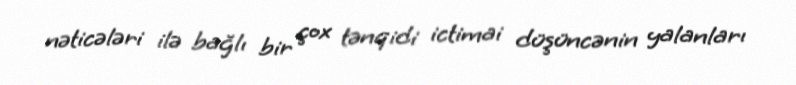
nəticələri ilə bağlı bir çox tənqidi ictimai düşüncənin yalanları